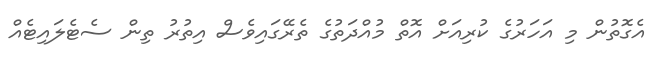
އެގޮތުން މި އަހަރުގެ ކުރިއަށް އޮތް މުއްދަތުގެ ތެރޭގައިވެސް އިތުރު ތިން ސެޓެލައިޓެއް